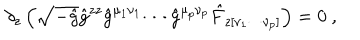
\partial _ { z } \left( \sqrt { - \hat { g } } \hat { g } ^ { z z } \hat { g } ^ { \mu _ { 1 } \nu _ { 1 } } \cdots \hat { g } ^ { \mu _ { p } \nu _ { p } } \hat { F } _ { z [ \nu _ { 1 } \cdots \nu _ { p } ] } \right) = 0 ~ ,